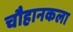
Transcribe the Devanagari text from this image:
चौहानकला